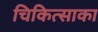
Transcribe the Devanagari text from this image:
चिकित्साका